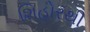
શિહોરથી